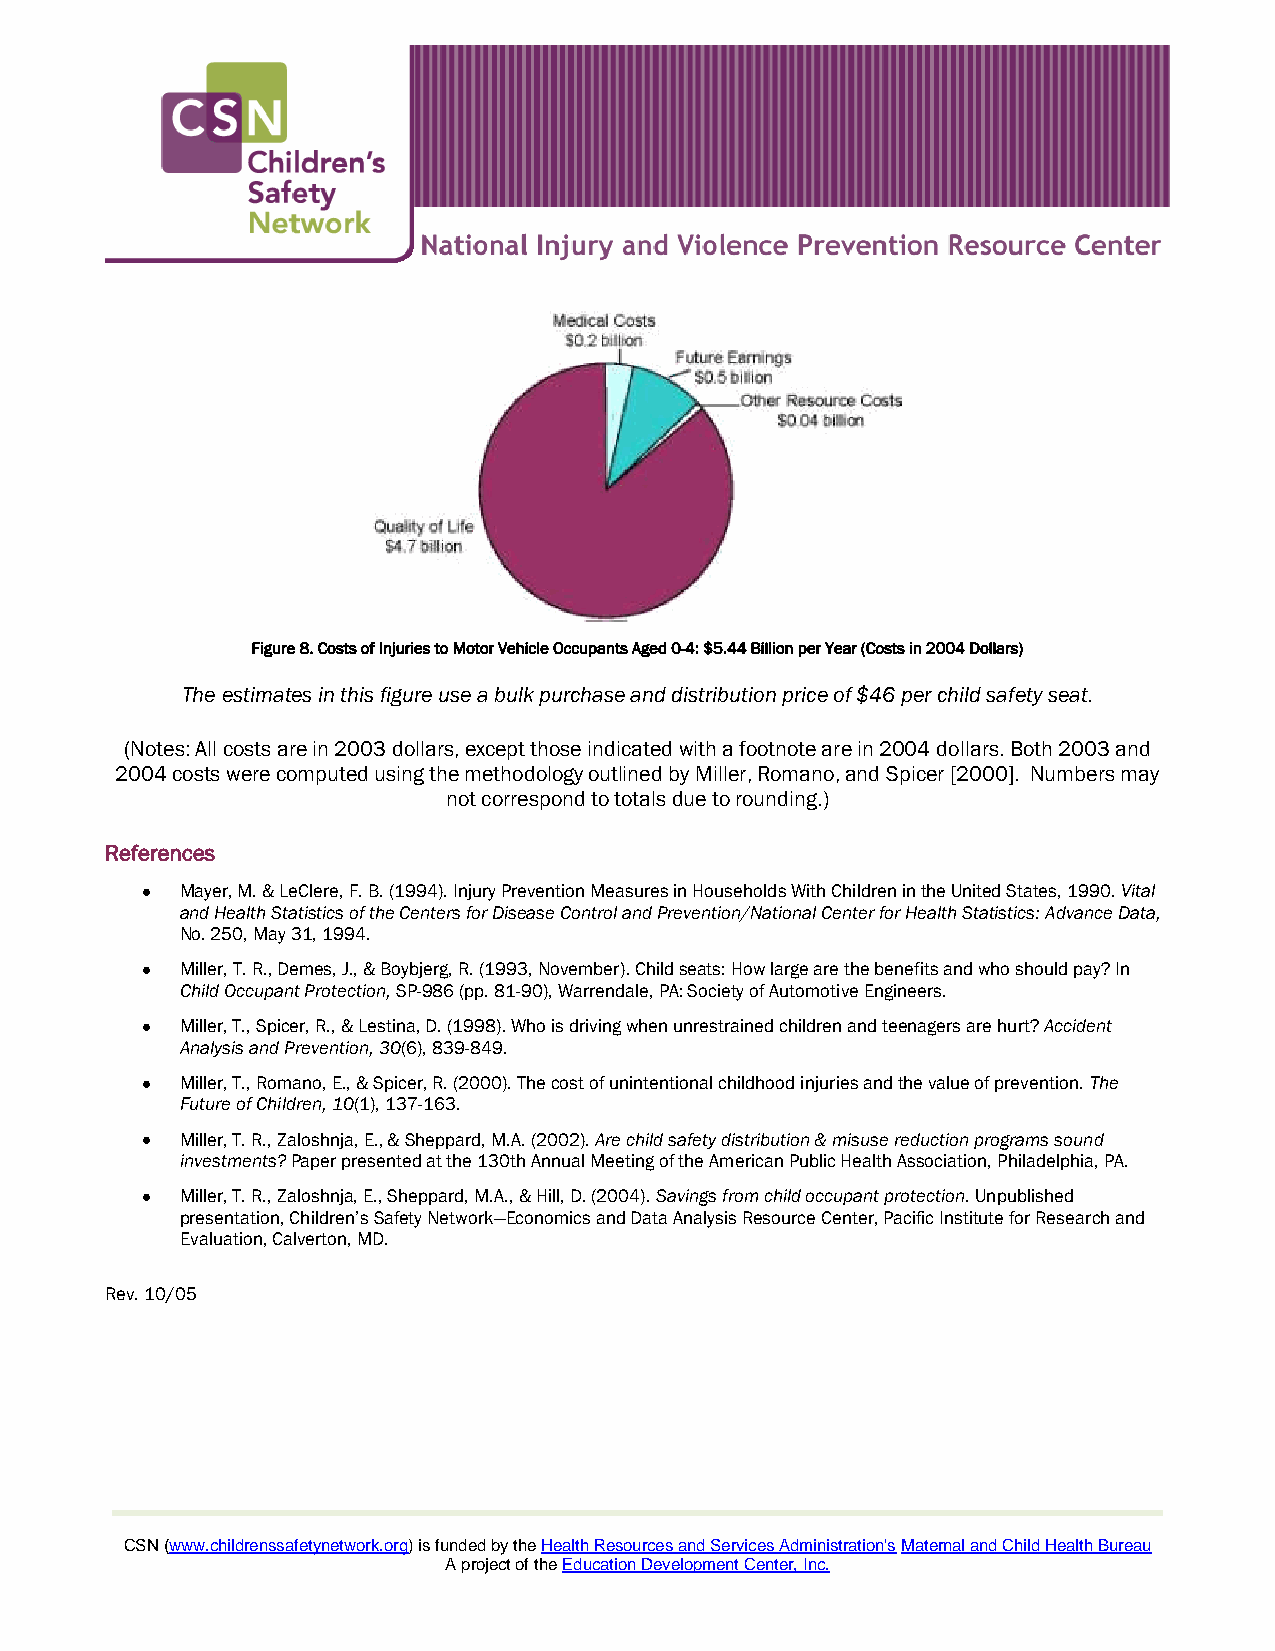
Figure 8. Costs of Injuries to Motor Vehicle Occupants Aged 0-4: $5.44 Billion per Year (Costs in 2004 Dollars)
 The estimates in this figure use a bulk purchase and distribution price of $46 per child safety seat.
 (Notes: All costs are in 2003 dollars, except those indicated with a footnote are in 2004 dollars. Both 2003 and
 2004 costs were computed using the methodology outlined by Miller, Romano, and Spicer [2000]. Numbers may
 not correspond to totals due to rounding.)
 References
 Mayer, M. & LeClere, F. B. (1994). Injury Prevention Measures in Households With Children in the United States, 1990. Vital
 and Health Statistics of the Centers for Disease Control and Prevention/National Center for Health Statistics: Advance Data,
 No. 250, May 31, 1994.
 Miller, T. R., Demes, J., & Boybjerg, R. (1993, November). Child seats: How large are the benefits and who should pay? In
 Child Occupant Protection, SP-986 (pp. 81-90), Warrendale, PA: Society of Automotive Engineers.
 Miller, T., Spicer, R., & Lestina, D. (1998). Who is driving when unrestrained children and teenagers are hurt? Accident
 Analysis and Prevention, 30(6), 839-849.
 Miller, T., Romano, E., & Spicer, R. (2000). The cost of unintentional childhood injuries and the value of prevention. The
 Future of Children, 10(1), 137-163.
 Miller, T. R., Zaloshnja, E., & Sheppard, M.A. (2002). Are child safety distribution & misuse reduction programs sound
 investments? Paper presented at the 130th Annual Meeting of the American Public Health Association, Philadelphia, PA.
 Miller, T. R., Zaloshnja, E., Sheppard, M.A., & Hill, D. (2004). Savings from child occupant protection. Unpublished
 presentation, Children’s Safety Network—Economics and Data Analysis Resource Center, Pacific Institute for Research and
 Evaluation, Calverton, MD.
 Rev. 10/05
 CSN (www.childrenssafetynetwork.org) is funded by the Health Resources and Services Administration's Maternal and Child Health Bureau
 A project of the Education Development Center, Inc.